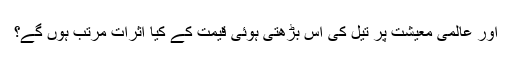
اور عالمی معیشت پر تیل کی اس بڑھتی ہوئی قیمت کے کیا اثرات مرتب ہوں گے؟